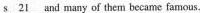
\underline{s21} and many of them became famous.